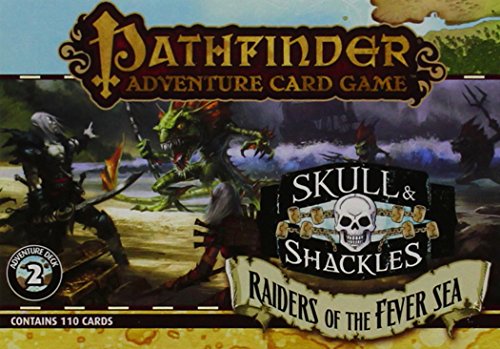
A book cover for Pathfinder Adventure Card Game: Skull & Shackles Adventure Deck 2 - Raiders of the Fever Sea; Mike Selinker; Science Fiction & Fantasy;